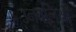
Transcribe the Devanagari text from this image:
उनवलियाँ